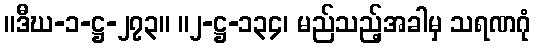
။ဒီဃ-၁-ဋ္ဌ-၂၇၃။ ။၂-ဋ္ဌ-၁၃၄၊ မည်သည့်အခါမှ သရဏဂုံ